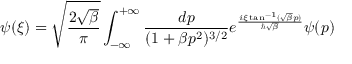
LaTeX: \psi ( { \xi } ) = \sqrt { \frac { 2 \sqrt { \beta } } { \pi } } \int _ { - \infty } ^ { + \infty } \frac { d p } { ( 1 + \beta p ^ { 2 } ) ^ { 3 / 2 } } e ^ { \frac { i { \xi } \tan ^ { - 1 } ( \sqrt { \beta } p ) } { \hbar \sqrt { \beta } } } \psi ( p )